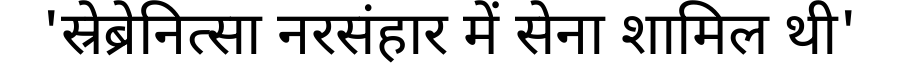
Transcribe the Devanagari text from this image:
'स्रेब्रेनित्सा नरसंहार में सेना शामिल थी'